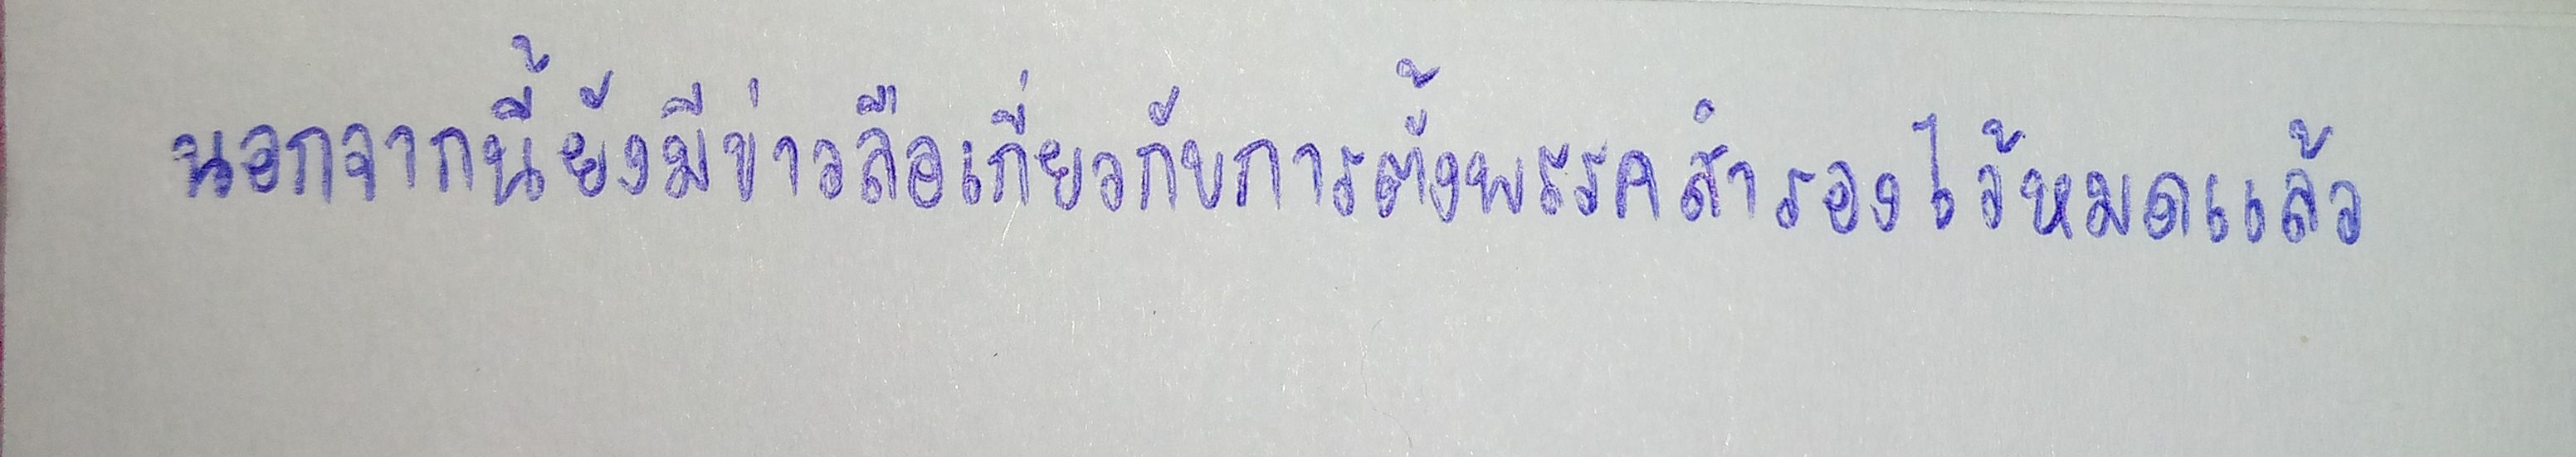
นอกจากนี้ยังมีข่าวลือเกี่ยวกับการตั้งพรรคสำรองไว้หมดแล้ว